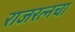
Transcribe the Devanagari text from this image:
राजरत्‍नचा